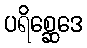
ပရိစ္ဆေဒေ